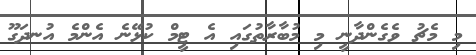
މި މެޗު ވެގެންދާނީ މި މުބާރާތުގައި އެ ޓީމް ކުޅޭނެ އެންމެ އުނދަގޫ